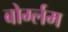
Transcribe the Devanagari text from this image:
बोर्ग्लम